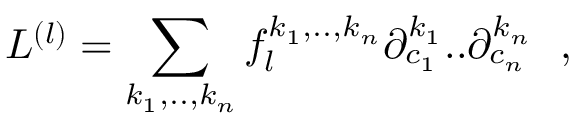
L ^ { ( l ) } = \sum _ { k _ { 1 } , . . , k _ { n } } f _ { l } ^ { k _ { 1 } , . . , k _ { n } } \partial _ { c _ { 1 } } ^ { k _ { 1 } } . . \partial _ { c _ { n } } ^ { k _ { n } } ~ ~ ,